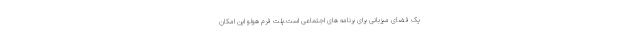
یک فضای میزبانی برای برنامه های اجتماعی است.پلت فرم هولو این امکان